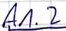
Text: A1.2